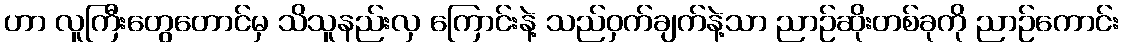
ဟာ လူကြီးတွေတောင်မှ သိသူနည်းလှ ကြောင်းနဲ့ သည်ဝှက်ချက်နဲ့သာ ညာဉ်ဆိုးတစ်ခုကို ညာဉ်ကောင်း